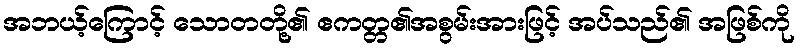
အဘယ့်ကြောင့် သောတတို့၏ ဧကတ္တ၏အစွမ်းအားဖြင့် အပ်သည်၏ အဖြစ်ကို